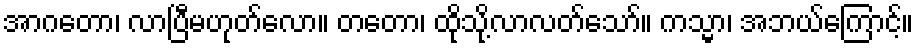
အာဂတော၊ လာပြီမဟုတ်လော။ တတော၊ ထိုသို့လာလတ်သော်။ ကသ္မာ၊ အဘယ်ကြောင့်။